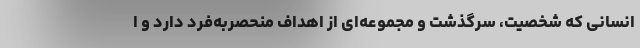
انسانی که شخصیت، سرگذشت و مجموعه‌ای از اهداف منحصربه‌فرد دارد و ا